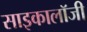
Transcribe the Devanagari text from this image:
साइकालॉजी